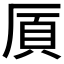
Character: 𫨌